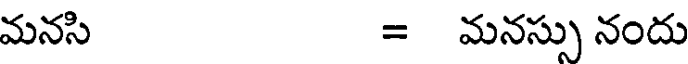
మనసి = మనస్సు నందు